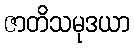
ဇာတိသမုဒယာ